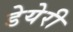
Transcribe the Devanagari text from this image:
डेयेरी